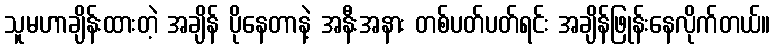
သူမဟာချိန်းထားတဲ့ အချိန် ပိုနေတာနဲ့ အနီးအနား တစ်ပတ်ပတ်ရင်း အချိန်ဖြုန်းနေလိုက်တယ်။